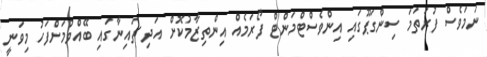
ނަމަވެސް ފުރަތަމަ ސިންގަޕޫގައި އިންވެސްޓްމަންޓް ފޯރަމެއް އިންތިޒާމުކޮށް އަދި ޗައިނާގައި ބޭއްވުމަށްފަހު މިވަނީ